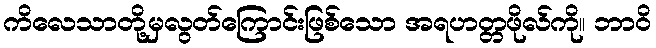
ကိလေသာတို့မှလွတ်ကြောင်းဖြစ်သော အရဟတ္တဖိုလ်ကို။ ဘာဝိ